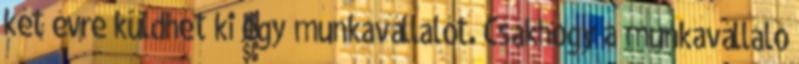
két évre küldhet ki egy munkavállalót. Csakhogy a munkavállaló